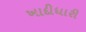
ખાદીધારી